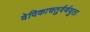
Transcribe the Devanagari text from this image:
वेदिकाचतुर्वर्णयुता